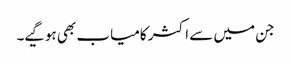
جن میں سے اکثر کامیاب بھی ہوگیے۔